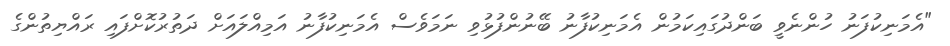
"އެމަނިކުފަނު ހުންނެވީ ބަންދުގައިކަމުން އެމަނިކުފާނު ބޭނުންފުޅުވި ނަމަވެސް އެމަނިކުފާނު އަމިއްލައަށް ދަތުރުކޮށްފައި ރައްޔިތުންގެ